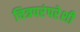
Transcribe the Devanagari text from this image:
चित्रपरंपरेशी